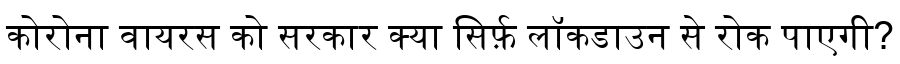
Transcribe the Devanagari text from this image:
कोरोना वायरस को सरकार क्या सिर्फ़ लॉकडाउन से रोक पाएगी?